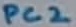
Text: PC2